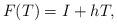
LaTeX: \begin{align*}F(T)=I+hT,\end{align*}